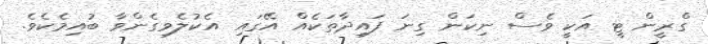
ގްރީން ޓީ އަކީ ވެސް ނިކަން ގިނަ ފައިދާތަކެއް އޭގައި އެކުލެވިގެންވާ ބުއިމެކެވެ.